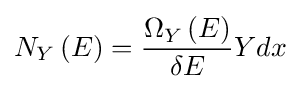
N_{Y}\left(E\right)={\frac {\Omega _{Y}\left(E\right)}{\delta E}}Ydx